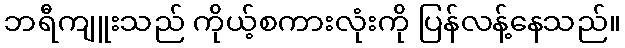
ဘရီကျူးသည် ကိုယ့်စကားလုံးကို ပြန်လန့်နေသည်။